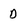
Character: D